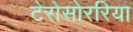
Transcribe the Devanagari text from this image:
टेरोसोररिया